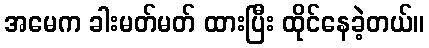
အမေက ခါးမတ်မတ် ထားပြီး ထိုင်နေခဲ့တယ်။